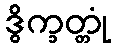
ဒွိက္ခတ္တုံ